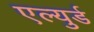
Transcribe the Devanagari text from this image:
एल्युर्ड